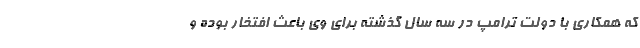
که همکاری با دولت ترامپ در سه سال گذشته برای وی باعث افتخار بوده و